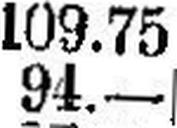
94.—